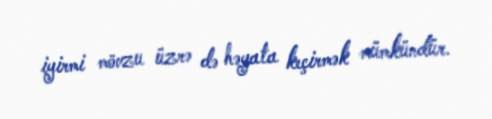
iyirmi mövzu üzrə də həyata keçirmək mümkündür.